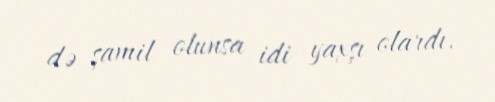
də şamil olunsa idi yaxşı olardı.